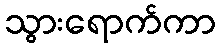
သွားရောက်ကာ